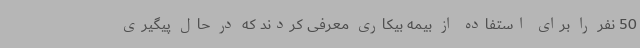
50 نفر را برای استفاده از بیمه بیکاری معرفی کردند که در حال پیگیری